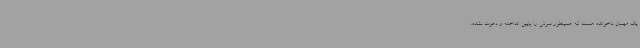
یک مهمان ناخوانده هست که همینطور سرش را پایین انداخته و دعوت نشده،